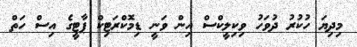
މިދިޔަ ހުކުރު ދުވަހު ވިކިލީކްސް އިން ވަނީ ޑިމޮކްރަޓިކް ޕާޓީގެ އިސް ހަތް